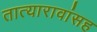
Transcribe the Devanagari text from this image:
तात्यारावांसह